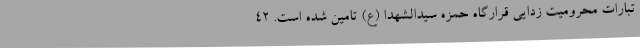
تبارات محرومیت زدایی قرارگاه حمزه سیدالشهدا (ع) تامین شده است. 42